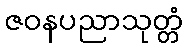
ဇဝနပညာသုတ္တံ